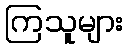
ကြသူများ